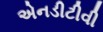
એનડીટીવી